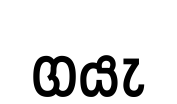
ගයැ